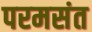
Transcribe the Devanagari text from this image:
परमसंत